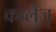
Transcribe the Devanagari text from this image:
कालेजृ